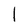
Character: I